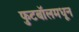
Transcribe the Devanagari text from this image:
फुटबॉलमधून